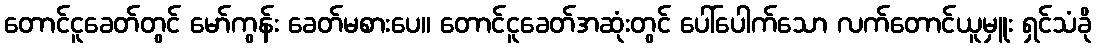
တောင်ငူခေတ်တွင် မော်ကွန်း ခေတ်မစားပေ။ တောင်ငူခေတ်အဆုံးတွင် ပေါ်ပေါက်သော လက်တောင်ယူမှူး ရှင်သံခို